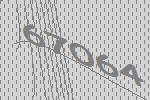
67064